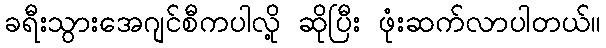
ခရီးသွားအေဂျင်စီကပါလို့ ဆိုပြီး ဖုံးဆက်လာပါတယ်။